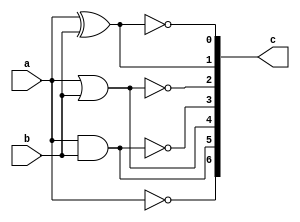
`timescale 1ns / 1ps
//////////////////////////////////////////////////////////////////////////////////
// Company: 
// Engineer: 
// 
// Design Name: 
// Module Name: basic_gates
// Project Name: 
// Target Devices: 
// Tool Versions: 
// Description: 
// 
// Dependencies: 
// 
// Revision:
// Revision 0.01 - File Created
// Additional Comments:
// 
//////////////////////////////////////////////////////////////////////////////////

module basic_gates(
input a,b,
output [0:6]c
);
not(c[0],a);
and(c[1],a,b);
or(c[2],a,b);
nand(c[3],a,b);
nor(c[4],a,b);
xor(c[5],a,b);
xnor(c[6],a,b);
endmodule